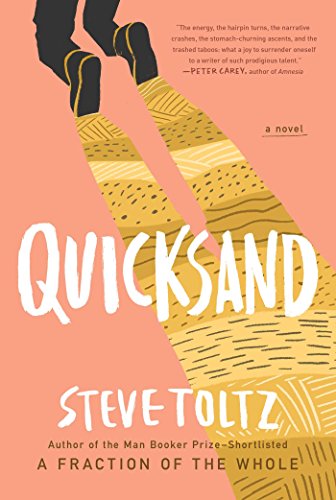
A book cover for Quicksand; Steve Toltz; Literature & Fiction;